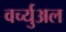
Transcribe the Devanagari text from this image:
वर्च्युअल